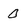
Character: 0